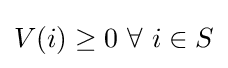
V(i)\geq 0{\text{ }}\forall {\text{ }}i\in S